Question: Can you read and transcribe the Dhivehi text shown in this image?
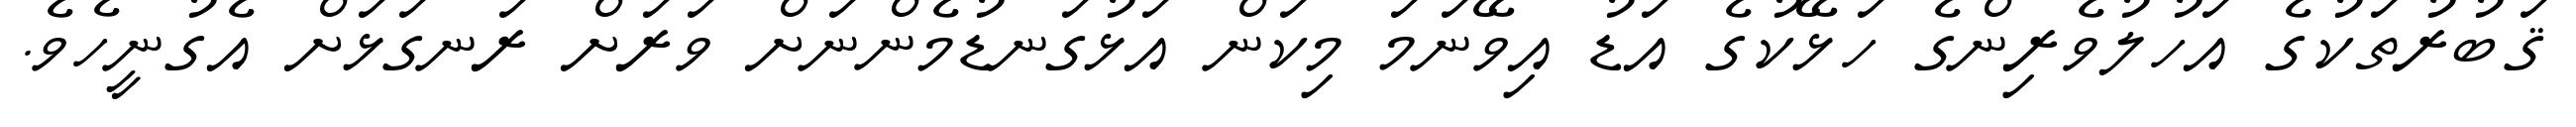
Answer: ޤަބުރުތަކުގެ އަހުލުވެރިންގެ ހަޅޭކުގެ އަޑު އިވޭނަމަ މިކަން އަޅުގަނޑުމެންނަށް ވަރަށް ރަނގަޅަށް އެގުނީހެވެ.